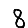
Digit: 8